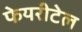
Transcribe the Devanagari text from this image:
फेयरीटेल